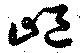
嶇